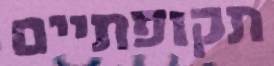
תקופתיים